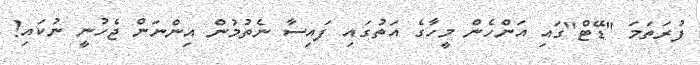
ފުރަތަމަ "ޑޭޓް"ގައި އަންހެން މީހާގެ އަތުގައި ފައިސާ ނެތުމުން އިންނަން ޖެހުނީ ނުކައި!